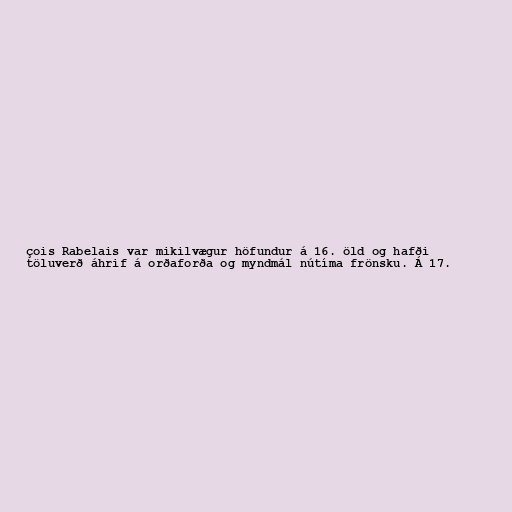
çois Rabelais var mikilvægur höfundur á 16. öld og hafði
töluverð áhrif á orðaforða og myndmál nútíma frönsku. Á 17.